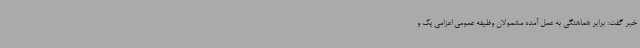
خبر گفت: برابر هماهنگی به عمل آمده مشمولان وظیفه عمومی اعزامی یک و